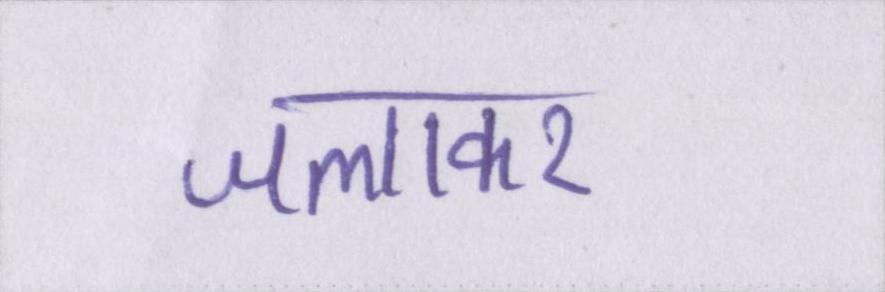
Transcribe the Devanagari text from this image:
जलाकर